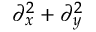
\partial _ { x } ^ { 2 } + \partial _ { y } ^ { 2 }